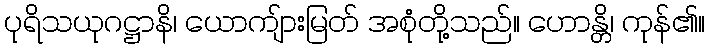
ပုရိသယုဂဋ္ဌာနိ၊ ယောကျ်ားမြတ် အစုံတို့သည်။ ဟောန္တိ၊ ကုန်၏။